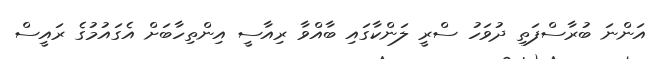
އަންނަ ބުރާސްފަތި ދުވަހު ސްރީ ލަންކާގައި ބާއްވާ ރިއާސީ އިންތިހާބަށް އެގައުމުގެ ރައީސް